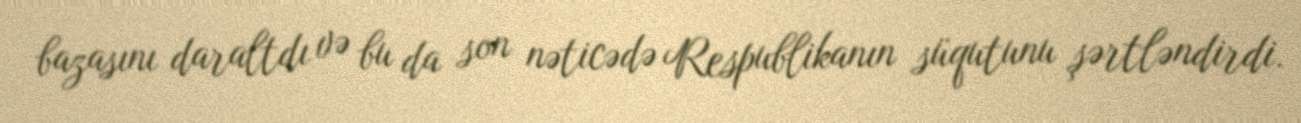
bazasını daraltdı və bu da son nəticədə Respublikanın süqutunu şərtləndirdi.